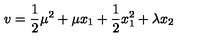
v = \frac { 1 } { 2 } \mu ^ { 2 } + \mu x _ { 1 } + \frac { 1 } { 2 } x _ { 1 } ^ { 2 } + \lambda x _ { 2 }